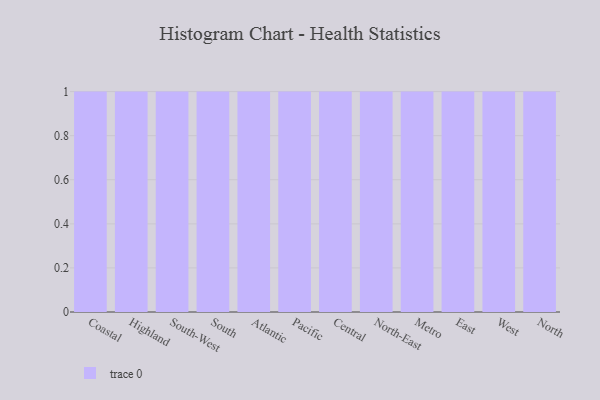
{"axis": {"x": "Region", "y": "Website Visitors"}, "legend": [""], "data": [{"x": "Coastal", "y": 95, "type": ""}, {"x": "Highland", "y": 85, "type": ""}, {"x": "South-West", "y": 17, "type": ""}, {"x": "South", "y": 64, "type": ""}, {"x": "Atlantic", "y": 32, "type": ""}, {"x": "Pacific", "y": 66, "type": ""}, {"x": "Central", "y": 57, "type": ""}, {"x": "North-East", "y": 69, "type": ""}, {"x": "Metro", "y": 96, "type": ""}, {"x": "East", "y": 58, "type": ""}, {"x": "West", "y": 24, "type": ""}, {"x": "North", "y": 91, "type": ""}]}